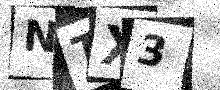
Text: NTX3